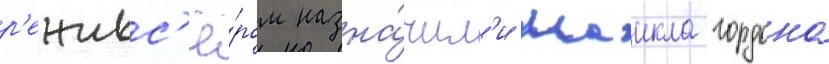
р'ежисс'ё́ром назна́чил'и маикла гордона